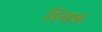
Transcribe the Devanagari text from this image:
स्विफ